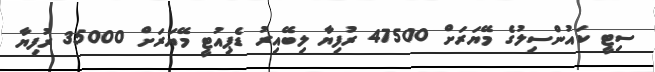
ސިޓީ ކައުންސިލުގެ މޭޔަރަށް 47500 ރުފިޔާ ލިބޭއިރު ޑެޕިއުޓީ މޭޔަރަށް 35000 ރުފިޔާ